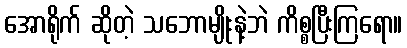
အောရိုက် ဆိုတဲ့ သဘောမျိုးနဲ့ဘဲ ကိစ္စပြီးကြရော။